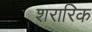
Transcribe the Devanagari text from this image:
शरारिक